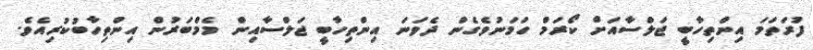
ފުރަތަމަ އިންތިހާބީ ޖަލްސާއަށް ކޯރަމް ހަމަނުވެގެން ދެވަނަ އިންތިހާބީ ޖަލްސާއިން މެމްބަރުން އިންތިހާބުކުރިއެވެ.